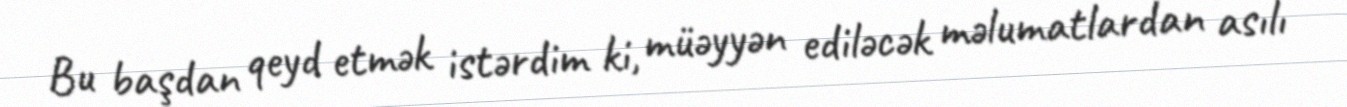
Bu başdan qeyd etmək istərdim ki, müəyyən ediləcək məlumatlardan asılı